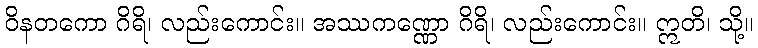
ဝိနတကော ဂိရိ၊ လည်းကောင်း။ အဿကဏ္ဏော ဂိရိ၊ လည်းကောင်း။ ဣတိ၊ သို့။